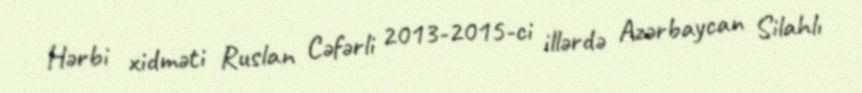
Hərbi xidməti Ruslan Cəfərli 2013-2015-ci illərdə Azərbaycan Silahlı